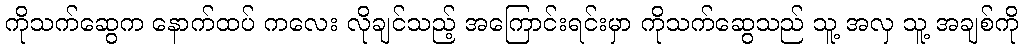
ကိုသက်ဆွေက နောက်ထပ် ကလေး လိုချင်သည့် အကြောင်းရင်းမှာ ကိုသက်ဆွေသည် သူ့ အလှ သူ့ အချစ်ကို